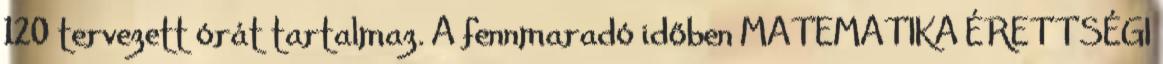
120 tervezett órát tartalmaz. A fennmaradó időben MATEMATIKA ÉRETTSÉGI